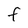
Character: f